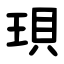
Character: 珼